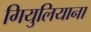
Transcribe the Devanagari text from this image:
गियुलियाना